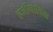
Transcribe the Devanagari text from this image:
हर्जीगाविना